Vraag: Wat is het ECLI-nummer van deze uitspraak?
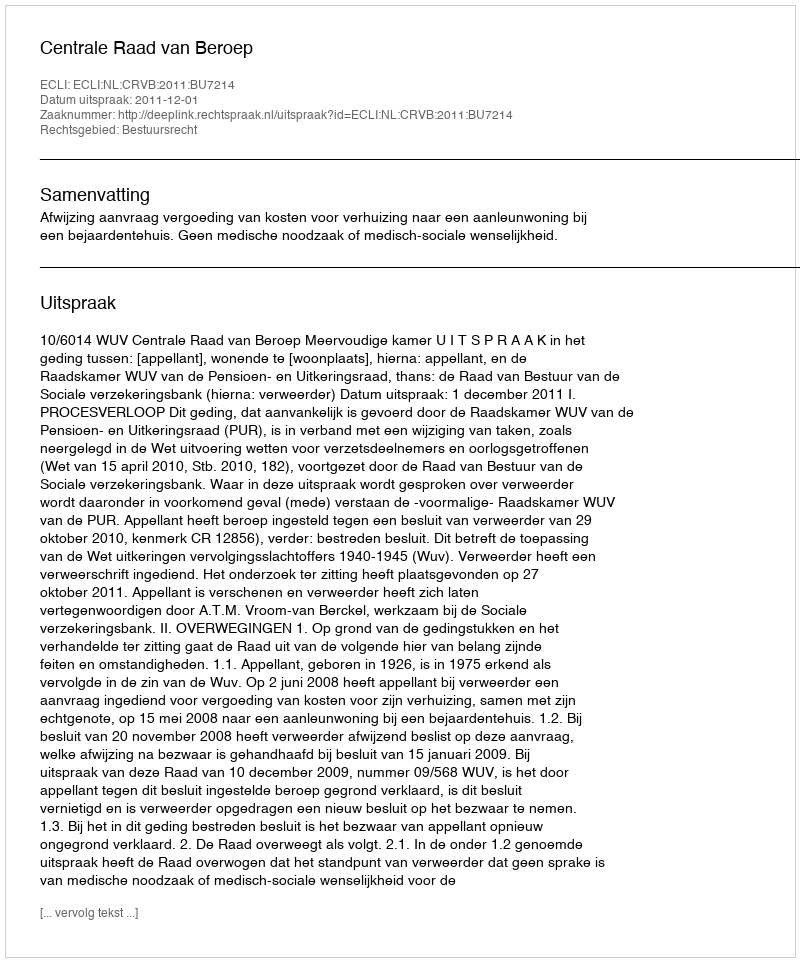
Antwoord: ECLI:NL:CRVB:2011:BU7214